Vaccination in Burma 1889-1999 - 1889-1999
Year: 1889
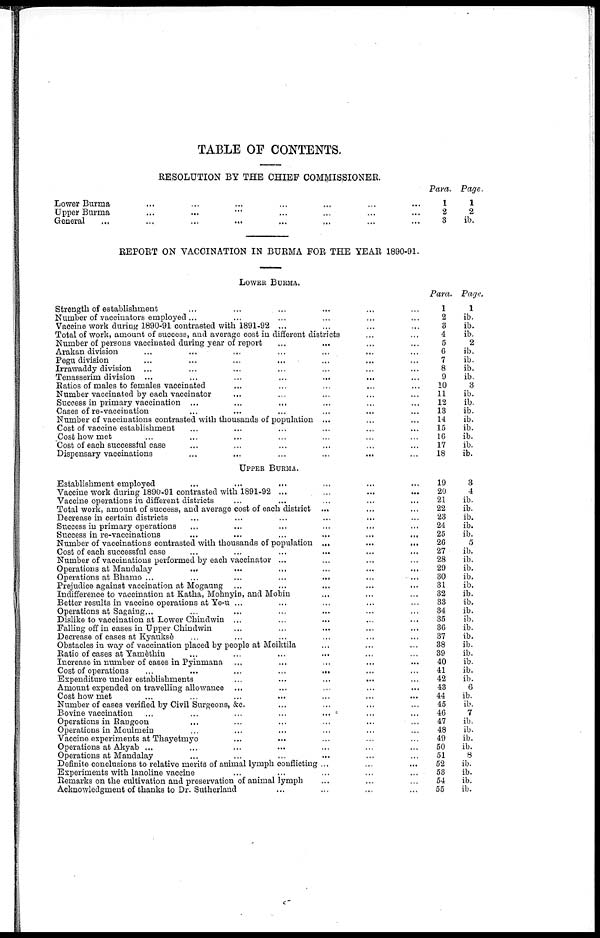
TABLE OF CONTENTS.
RESOLUTION BY THE CHIEF COMMISSIONER.
Lower Burma ... ... ... ... ... ... ...
Upper Burma ... ... ... ... ... ... ...
General ... ... ... ... ... ... ...
Para.
1
2
3
Page.
1
2
ib.
REPORT ON VACCINATION IN BURMA FOR THE YEAR 1890-91.
LOWER BURMA.
Strength of establishment ... ... ... ... ... ... ...
Number of vaccinators employed ... ... ... ... ... ... ...
Vaccine work during 1890-91 contrasted with 1891-92 ... ...
Total of work, amount of success, and average cost in different districts ... ...
Number of persons vaccinated during year of report ... ... ... ...
Arakan division ... ... ... ... ... ... ... ...
Pegu division ... ... ... ... ... ... ... ...
Irrawaddy division ... ... ... ... ... ... ... ...
Tenasserim division ... ... ... ... ... ... ...
Ratios of males to females vaccinated ... ... ... ... ... ... ...
Number vaccinated by each vaccinator ... ... ... ... ... ... ...
Success in primary vaccination ... ... ... ... ... ... ...
Cases of re-vaccination ... ... ... ... ... ... ... ...
Number of vaccinations contrasted with thousands of population ... ... ... ...
Cost of vaccine establishment ... ... ... ... ... ... ...
Cost how met ... ... ... ... ... ... ...
Cost of each successful case ... ... ... ... ... ... ... ...
Dispensary vaccinations ... ... ... ... ... ... ... ...
UPPER BURMA.
Establishment employed ... ... ... ... ... ... ...
Vaccine work during 1890-91 contrasted with 1891-92 ... ... ... ... ... ... ...
Vaccine operations in different districts ... ... ... ... ... ... ... ...
Total work, amount of success, and average cost of each district ... ... ... ...
Decrease in certain districts ... ... ... ... ... ... ... ...
Success in primary operations ... ... ... ... ... ... ... ...
Success in re-vaccinations
...
...
...
...
...
...
...
Number of vaccinations contrasted with thousands of population
...
...
...
Cost of each successful case ... ... ... ... ... ... ...
Number of vaccinations performed by each vaccinator ... ... ... ... ... ...
Operations at Mandalay ... ... ... ... ... ... ...
Operations at Bhamo ... ... ... ... ... ... ...
Prejudice against vaccination at Mogaung ... ... ... ... ... ...
Indifference to vaccination at Katha, Mohnyin, and Mobin ... ... ...
Better results in vaccine operations at Ye-u ... ... ... ...
Operations at Sagaing ... ... ... ... ... ... ...
Dislike to vaccination at Lower Chindwin ... ... ... ... ... ...
Falling off in cases in Upper Chindwin ... ... ... ... ... ...
Decrease of cases at Kyaukse ... ... ... ... ... ... ... ...
Obstacles in way of vaccination placed by people at Meiktila ... ... ...
Ratio of cases at Yamèthin ... ... ... ... ... ... ...
Increase in number of cases in Pyinmana ... ... ... ... ... ...
Cost of operations
...
...
...
...
...
...
...
Expenditure under establishments
...
...
...
...
...
...
...
Amount expended on travelling allowance ... ... ... ... ... ... ...
Cost how met
...
...
...
...
...
...
...
Number of cases verified by Civil Surgeons, &c. ... ... ... ...
Bovine vaccination ... ... ... ... ... ... ... ...
Operations in Rangoon ... ... ... ... ... ... ...
Operations in Moulmein ... ... ... ... ... ... ... ...
Vaccine experiments at Thayetmyo ... ... ... ... ... ... ...
Operations at Akyab ... ... ... ... ... ... ... ...
Operations at Mandalay ... ... ... ... ... ... ...
Definite conclusions to relative merits of animal lymph conflicting ... ... ...
Experiments with lanoline vaccine
...
...
...
...
...
...
...
Remarks on the cultivation and preservation of animal lymph ... ... ... ...
Acknowledgment of thanks to Dr. Sutherland ... ... ... ...
Para.
1
2
3
4
5
6
7
8
9
10
11
12
13
14
15
16
17
18
Page.
1
ib.
ib.
ib.
2
ib.
ib.
ib.
ib.
3
ib.
ib.
ib.
ib.
ib.
ib.
ib.
ib.
19
20
21
22
23
24
25
26
27
28
29
30
31
32
33
34
35
86
87
38
39
40
41
42
43
44
45
46
47
48
49
50
51
52
53
54
55
3
4
ib.
ib.
ib.
ib.
ib.
5
ib.
ib.
ib.
ib.
ib.
ib.
ib.
ib.
ib.
ib.
ib.
ib.
ib.
ib.
ib.
ib.
6
ib.
ib.
7
ib.
ib.
ib.
ib.
8
ib.
ib.
ib.
ib.